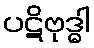
ပဋိဗုဒ္ဓါ